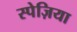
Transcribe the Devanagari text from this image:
स्पेज़िया